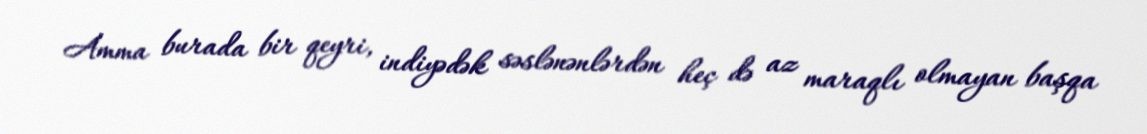
Amma burada bir qeyri, indiyədək səslənənlərdən heç də az maraqlı olmayan başqa